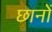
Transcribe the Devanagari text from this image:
छानों